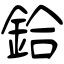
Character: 鉿